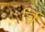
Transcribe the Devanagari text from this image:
र्चि